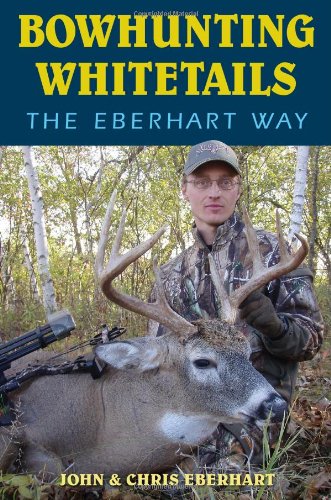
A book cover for Bowhunting Whitetails the Eberhart Way; Chris Eberhart; Sports & Outdoors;